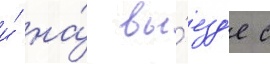
и́ на́ вы́езд'е с